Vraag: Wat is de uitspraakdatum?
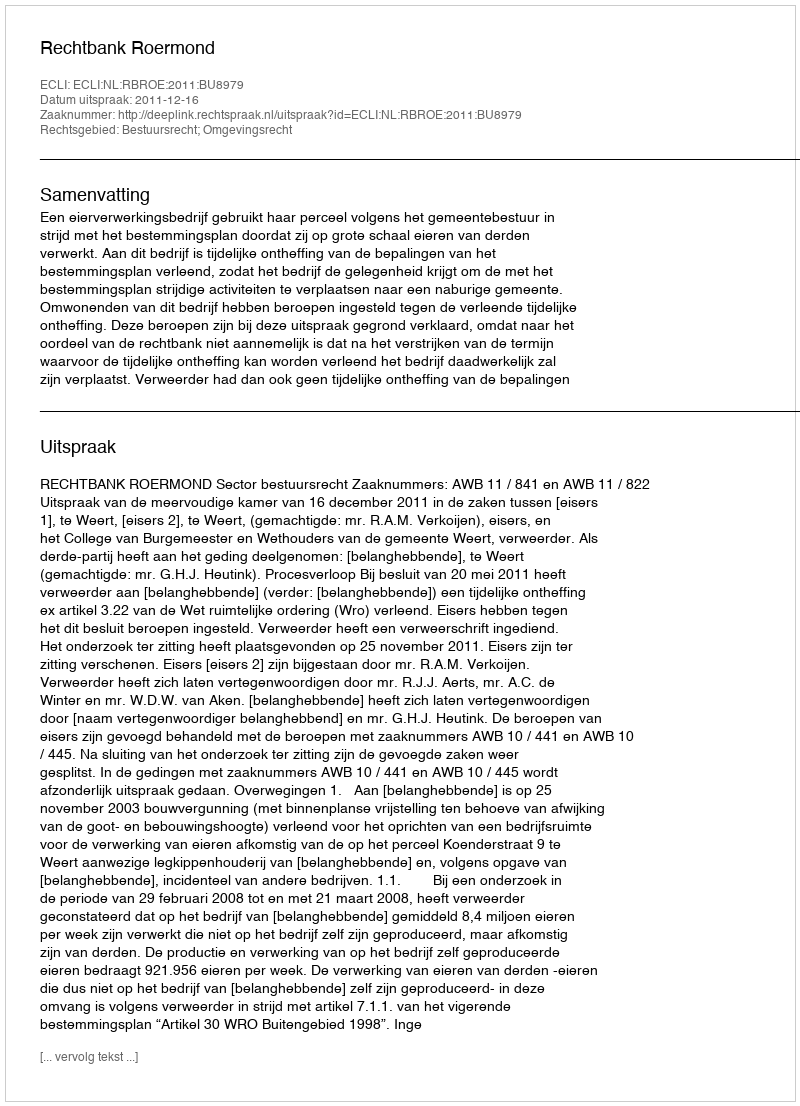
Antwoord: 2011-12-16